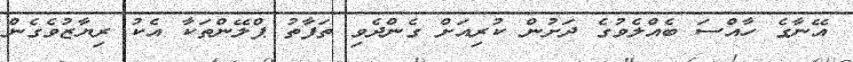
އޭނާގެ ހާއްސަ ބެއްލެވުގެ ދަށުން ކުރިއަށް ގެންދެވި ތަފާތު ޕްލޭންތަކާ އެކު ރިޔާޒުވެގެން